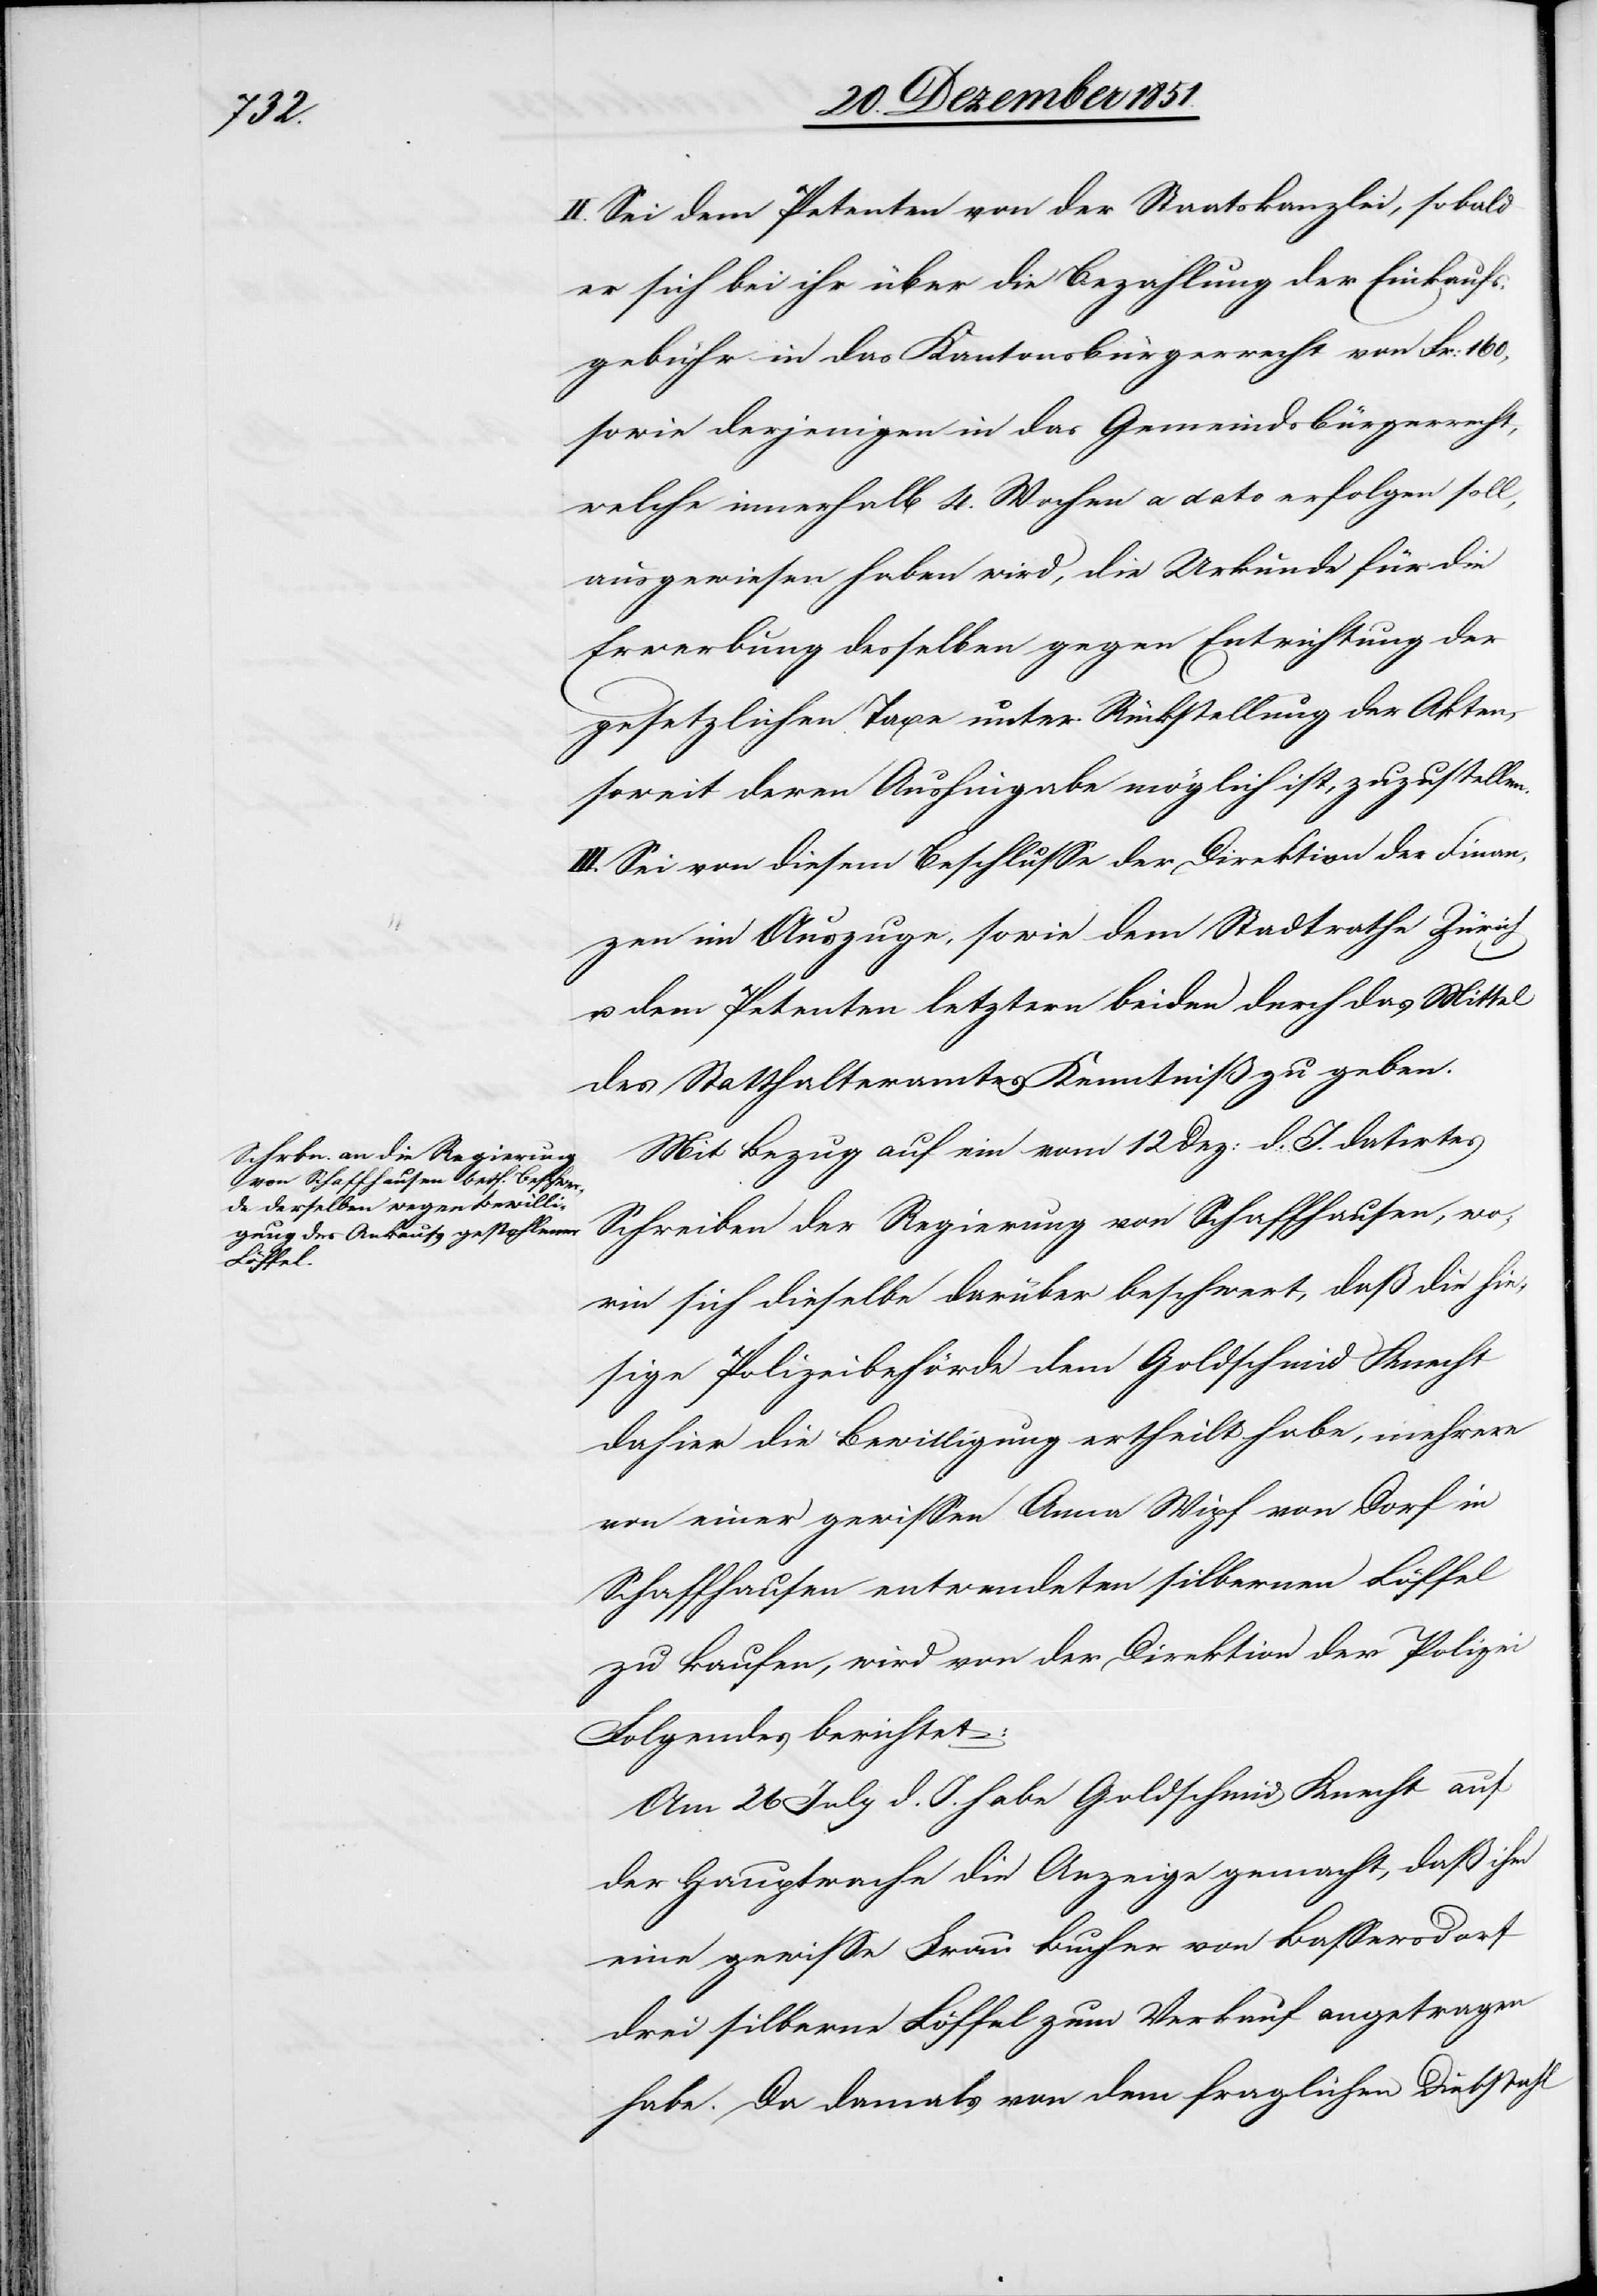
II. Sei dem Petenten von der Staatskanzlei, sobald
er sich bei ihr über die Bezahlung der Einkaufs¬
gebühr in das Kantonsbürgerrecht von Fr: 160,
sowie derjenigen in das Gemeindsbürgerrecht,
welche innerhalb 4. Wochen a dato erfolgen soll,
ausgewiesen haben wird, die Urkunde für die
Erwerbung desselben gegen Entrichtung der
gesetzlichen Taxe unter Rückstellung der Akten,
soweit deren Aushingabe möglich ist, zuzustellen.
III. Sei von diesem Beschlusse der Direktion der Finan¬
zen im Auszuge, sowie dem Stadtrathe Zürich
u.
dem Petenten letztern beiden durch das Mittel
des Statthalteramtes Kenntniß zu geben.
Mit Bezug auf ein vom 12 Dez: d. J. datirtes
Schreiben der Regierung von Schaffhausen, wo¬
rin sich dieselbe darüber beschwert, daß die hie¬
sige Polizeibehörde dem Goldschmid Knecht
dahier die Bewilligung ertheilt habe, mehrere
von einer gewissen Anna Wipf von Dorf in
Schaffhausen entwendeten silbernen Löffel
zu kaufen, wird von der Direktion der Polizei
Folgendes berichtet:
Am 26 July d. J. habe Goldschmid Knecht auf
der Hauptwache die Anzeige gemacht, daß ihm
eine gewisse Frau Bucher von Bassersdorf
drei silberne Löffel zum Verkauf angetragen
habe. Da damals von dem fraglichen Diebstahl